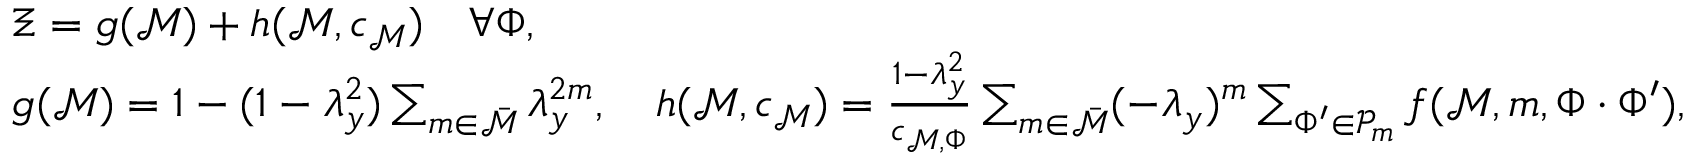
\begin{array} { r l } & { \Xi = g ( \mathcal { M } ) + h ( \mathcal { M } , c _ { \mathcal { M } } ) \quad \forall \Phi , } \\ & { g ( \mathcal { M } ) = 1 - ( 1 - \lambda _ { y } ^ { 2 } ) \sum _ { m \in \bar { \mathcal { M } } } \lambda _ { y } ^ { 2 m } , \quad h ( \mathcal { M } , c _ { \mathcal { M } } ) = \frac { 1 - \lambda _ { y } ^ { 2 } } { c _ { \mathcal { M } , \Phi } } \sum _ { m \in \bar { \mathcal { M } } } ( - \lambda _ { y } ) ^ { m } \sum _ { \Phi ^ { \prime } \in \mathcal { P } _ { m } } f ( \mathcal { M } , m , \Phi \cdot \Phi ^ { \prime } ) , } \end{array}